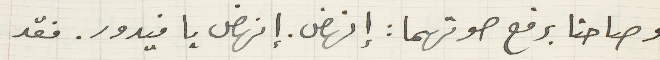
وصاحتا برفع صوتهما: إنهض. إنهض يا فيدور. فقد